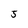
Character: 5